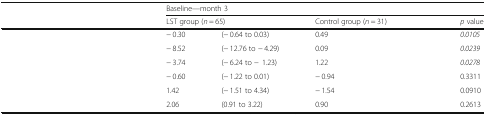
<table><thead><tr><td>[EMPTY_CELL]</td><td colspan="5"><b>Baseline—month 3</b></td></tr><tr><td>[EMPTY_CELL]</td><td colspan="2"><b>LST group (<i>n</i> = 65)</b></td><td colspan="2"><b>Control group (<i>n</i> = 31)</b></td><td><b><i>p</i> value</b></td></tr></thead><tbody><tr><td>[EMPTY_CELL]</td><td>− 0.30</td><td>(− 0.64 to 0.03)</td><td>0.49</td><td>[EMPTY_CELL]</td><td><i>0.0105</i></td></tr><tr><td>[EMPTY_CELL]</td><td>− 8.52</td><td>(− 12.76 to − 4.29)</td><td>0.09</td><td>[EMPTY_CELL]</td><td><i>0.0239</i></td></tr><tr><td>[EMPTY_CELL]</td><td>− 3.74</td><td>(− 6.24 to −1.23)</td><td>1.22</td><td>[EMPTY_CELL]</td><td><i>0.0278</i></td></tr><tr><td>[EMPTY_CELL]</td><td>− 0.60</td><td>(− 1.22 to 0.01)</td><td>− 0.94</td><td>[EMPTY_CELL]</td><td>0.3311</td></tr><tr><td>[EMPTY_CELL]</td><td>1.42</td><td>(− 1.51 to 4.34)</td><td>− 1.54</td><td>[EMPTY_CELL]</td><td>0.0910</td></tr><tr><td>[EMPTY_CELL]</td><td>2.06</td><td>(0.91 to 3.22)</td><td>0.90</td><td>[EMPTY_CELL]</td><td>0.2613</td></tr></tbody></table>